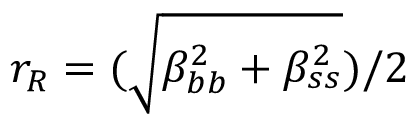
r _ { R } = ( \sqrt { \beta _ { b b } ^ { 2 } + \beta _ { s s } ^ { 2 } } ) / 2